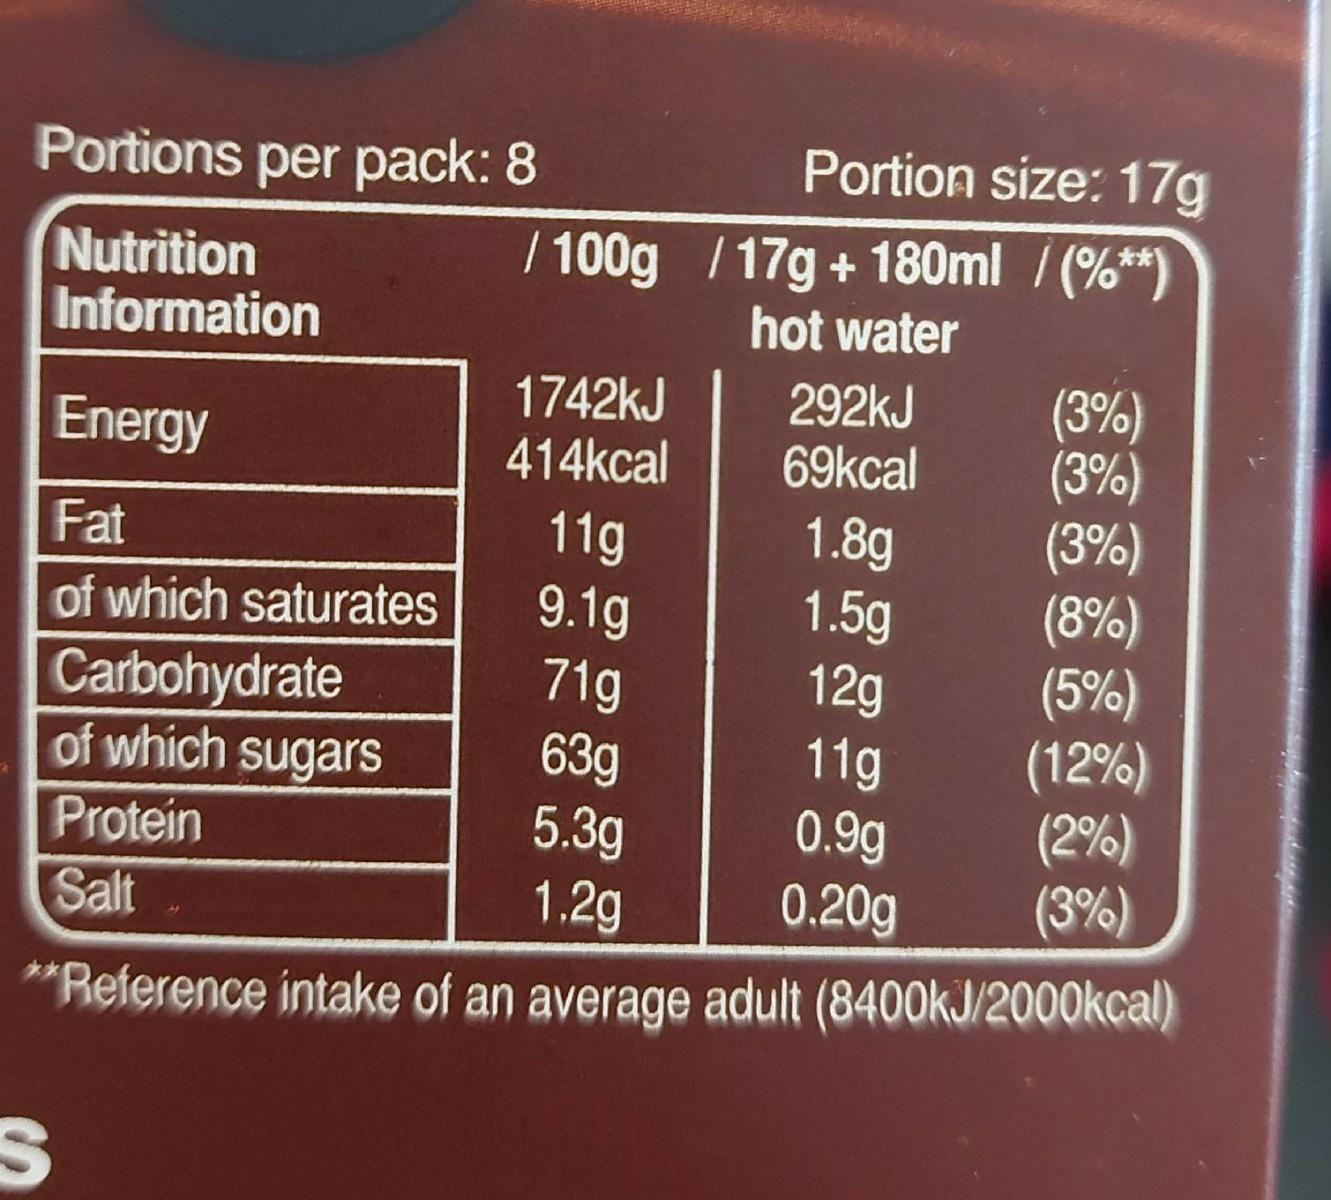
Portions per pack: 8
Portion size: 17g
Nutrition Information
/ 100g /17g + 180ml / (%*) hot water
(3%) (3%) (3%) (8%) (5%) (12%) (2%)
Energy
1742KJ 414kcal
292kJ 69kcal
1.8g 1.5g 12g 11g 0.9g 0.20g
11g 9.1g
Fat
of which saturates
Carbohydrate of which sugars
71g 63g 5.3g 1.2g
Protein
Salt
(3%)
"Reference intake of an average adult (8400kJ/2000kcal)